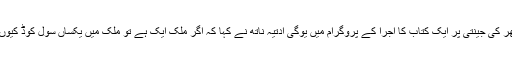
چندرشیکھر کی جینتی پر ایک کتاب کا اجرا کے پروگرام میں یوگی آدتیہ ناتھ نے کہا کہ اگر ملک ایک ہے تو ملک میں یکساں سول کوڈ کیوں نہیں ہے۔